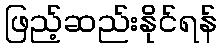
ဖြည့်ဆည်းနိုင်ရန်